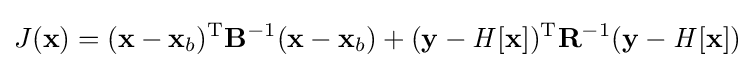
J(\mathbf {x} )=(\mathbf {x} -\mathbf {x} _{b})^{\mathrm {T} }\mathbf {B} ^{-1}(\mathbf {x} -\mathbf {x} _{b})+(\mathbf {y} -{\mathit {H}}[\mathbf {x} ])^{\mathrm {T} }\mathbf {R} ^{-1}(\mathbf {y} -{\mathit {H}}[\mathbf {x} ])